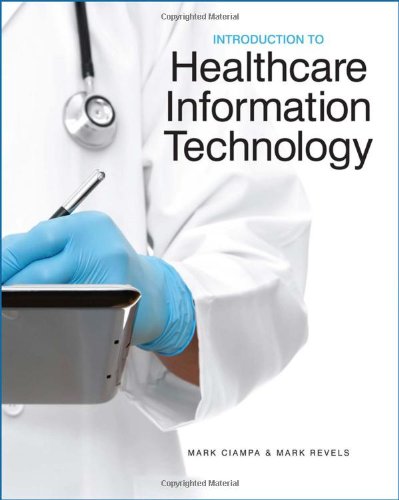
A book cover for Introduction to Healthcare Information Technology; Mark Ciampa; Computers & Technology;